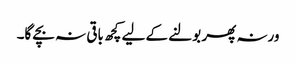
ورنہ پھر بولنے کے لیے کچھ باقی نہ بچے گا۔